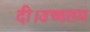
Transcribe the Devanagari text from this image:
दी।उच्चतम